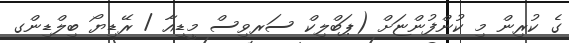
ގެ ކުރިން މި ކުންފުންޏަށް (ޕަބްލިކް ސަރވިސް މީޑިއާ / ރޭޑިޔޯ ބިލްޑިންގ